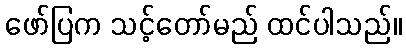
ဖော်ပြက သင့်တော်မည် ထင်ပါသည်။